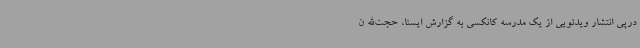
درپی انتشار ویدئویی از یک مدرسه کانکسی به گزارش ایسنا، حجت‌الله ن